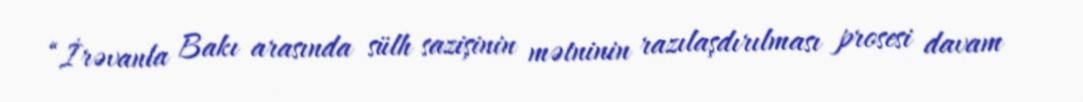
“İrəvanla Bakı arasında sülh sazişinin mətninin razılaşdırılması prosesi davam